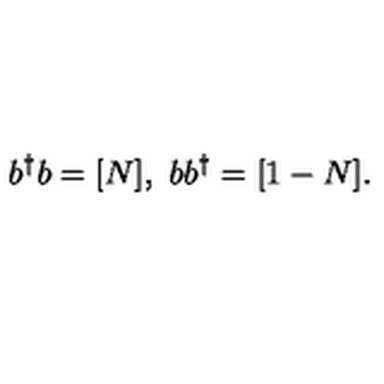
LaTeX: b ^ { \dag } b = [ N ] , \ b b ^ { \dag } = [ 1 - N ] .